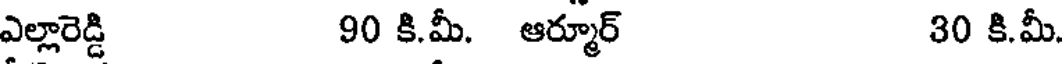
ఎల్లారెడ్డి 90 కి.మీ. ఆర్మూర్ 30 కి.మీ.